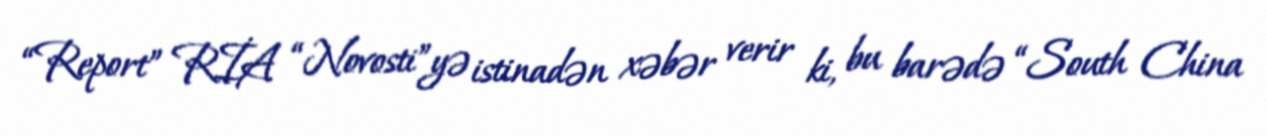
“Report” RİA “Novosti”yə istinadən xəbər verir ki, bu barədə “South China